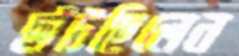
ছাঁটছিলেন